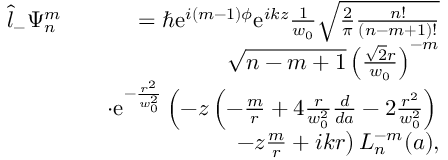
\begin{array} { r l r } { \hat { l } _ { - } \Psi _ { n } ^ { m } } & { } & { = \hbar \mathrm { e } ^ { i ( m - 1 ) \phi } \mathrm { e } ^ { i k z } \frac { 1 } { w _ { 0 } } \sqrt { \frac { 2 } { \pi } \frac { n ! } { ( n - m + 1 ) ! } } } \\ & { } & { \sqrt { n - m + 1 } \left( \frac { \sqrt { 2 } r } { w _ { 0 } } \right) ^ { - m } } \\ & { } & { \cdot \mathrm { e } ^ { - \frac { r ^ { 2 } } { w _ { 0 } ^ { 2 } } } \left( - z \left( - \frac { m } { r } + 4 \frac { r } { w _ { 0 } ^ { 2 } } \frac { d } { d a } - 2 \frac { r ^ { 2 } } { w _ { 0 } ^ { 2 } } \right) \right. } \\ & { } & { \left. - z \frac { m } { r } + i k r \right) L _ { n } ^ { - m } ( a ) , } \end{array}